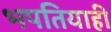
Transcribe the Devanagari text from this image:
भपतियाही